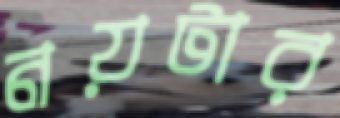
নয়টার